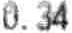
0.34